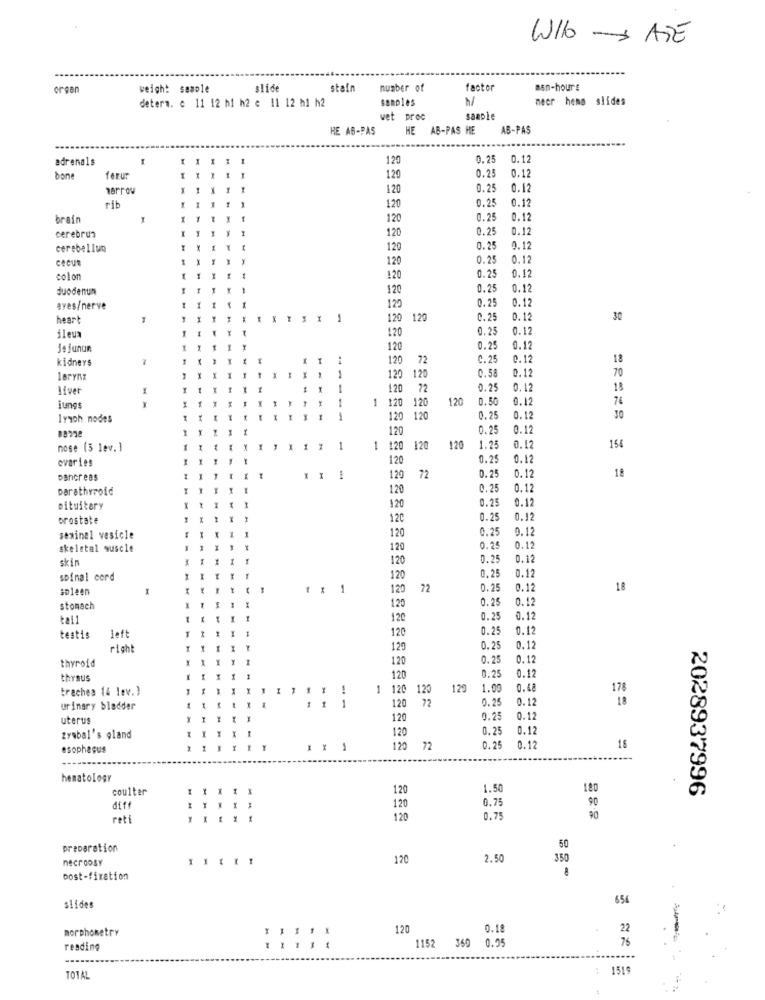
W/b- ATE
organ
weight sample
slide
stain
number of
factor
man-hours
detern. c 11 12 h1 h2 e 11 12 h1 h2
samples
h/
mecr hens slides
wet proc
sample
HE AB-PAS
HE AB-PAS HE
AB-PAS
adrenals
120
0.25
0.1
0.25
0.12
bone
ferur
120
120
0.25
0.12
0.25
0.12
rib
120
brain
120
0.25
0.1
120
0.25
0.12
cerebrua
cerebellum
120
0.25
0.12
cecut
120
0.25
0.25
0.12
color
120
duodenun
120
0.25
0.12
0.25
0.12
eyes/nerve
120
heart
-
120
120
0.25
3.12
30
ileua
120
0.25
0.12
Je junun
120
0.25
0.12
kidneys
.4
120
72
C.25
0.12
18
0.58
2.12
70
larynx
120 120
liver
1
--
120 72
0.25
0.12
18
1
120 120
120
0.50
0.12
74
iungs
lyyoh nodes
120 120
0.25
0.12
120
0.25
3.12
nose (5 lev. ]
1
1
120
120
120
1.25
0.12
154
ovaries
120
0.25
0.12
0.25
0.12
18
pancreas
120
72
parathyroid
120
0.25
0.12
0.25
0.12
pituitary
120
prostate
120
0.25
0.12
0.25
0.12
sexinal vesicle
120
skeletal muscle
120
0.25
0.12
skin
120
0.25
0.12
spinal cord
120
0,25
0.12
spleen
1 1 1
120
72
0.25
0.12
18
0.25
0.12
stomach
120
teil
120
0.25
0.12
120
0.25
0.12
testis
left
right
129
0.25
0.12
120
0.25
0.12
thyroid
0.25
0.12
thysus
120
trachea 14 lev.)
1 120 120
120
1.00
0.68
178
120 72
0.25
0.12
18
urinary bladder
1 1
uterus
120
0.2
0.12
120
0.25
0.12
Zyabal's gland
esophagus
X
120 72
0.25
0.12
15
......
hematology
coulter
120
1.50
180
2028937996
0.75
diff
120
90
reti
.....
120
0.75
preparation
50
necroosy
120
2.50
350
post-fixation
654
slides
morphometry
120
0.18
22
76
reading
1152 360 0.05
: 1519
TOTAL